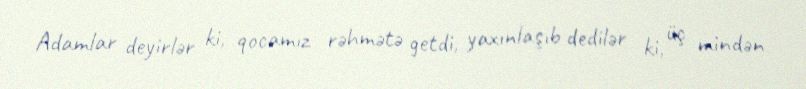
Adamlar deyirlər ki, qocamız rəhmətə getdi, yaxınlaşıb dedilər ki, üç mindən